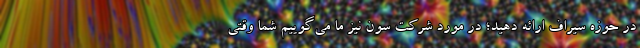
در حوزه سیراف ارائه دهید؛ در مورد شرکت سون نیز ما می‌گوییم شما وقتی